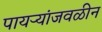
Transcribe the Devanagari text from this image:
पायऱ्यांजवळीन